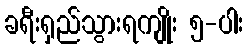
ခရီးရှည်သွားရကျိုး ၅-ပါး